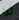
ترا